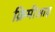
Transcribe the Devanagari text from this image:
क्रिमीआइ